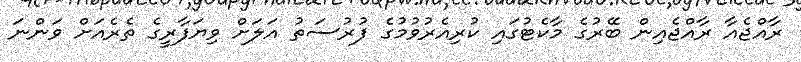
ރާއްޖެއާ ރާއްޖެއިން ބޭރުގެ މާކެޓުގައި ކުރިއެރުވުމުގެ ފުރުސަތު އަލަށް ވިޔަފާރީގެ ތެރެއަށް ވަންނަ